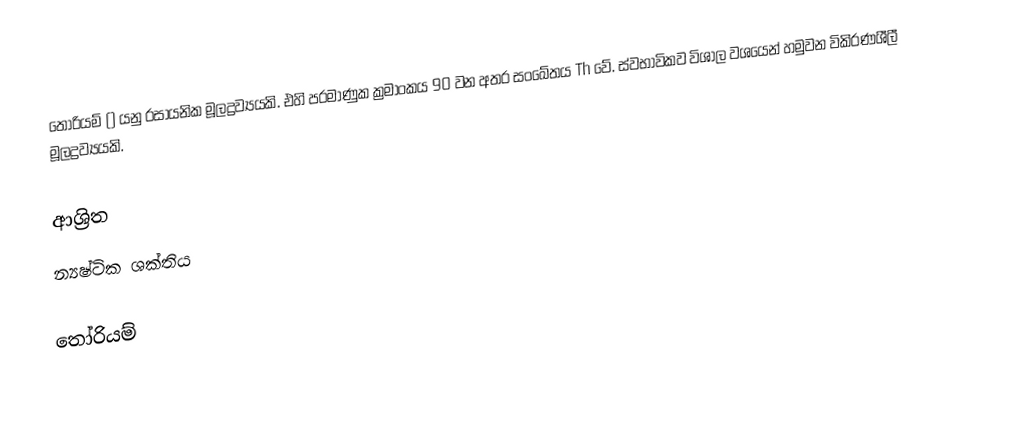
තෝරියම් () යනු රසායනික මූලද්‍රව්‍යයකි. එහි පරමාණුක ක්‍රමාංකය 90 වන අතර සංඛේතය Th වේ. ස්වභාවිකව විශාල වශයෙන් හමුවන විකිරණශීලී මූලද්‍රව්‍යයකි.

ආශ්‍රිත
 න්‍යෂ්ටික ශක්තිය

තෝරියම්